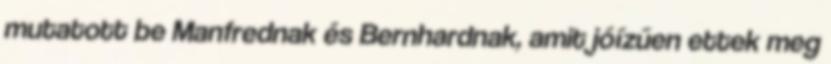
mutatott be Manfrednak és Bernhardnak, amit jóízűen ettek meg